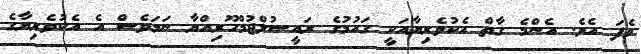
ވެފަ އެވެ. އެންމެ ގާތް އެކުވެރިޔާއަކީ ގައުމުގެ ރައީސުލްޖުމްހޫރިއްޔާ ނަމަވެސް އެ އެކުވެރިޔާގެ